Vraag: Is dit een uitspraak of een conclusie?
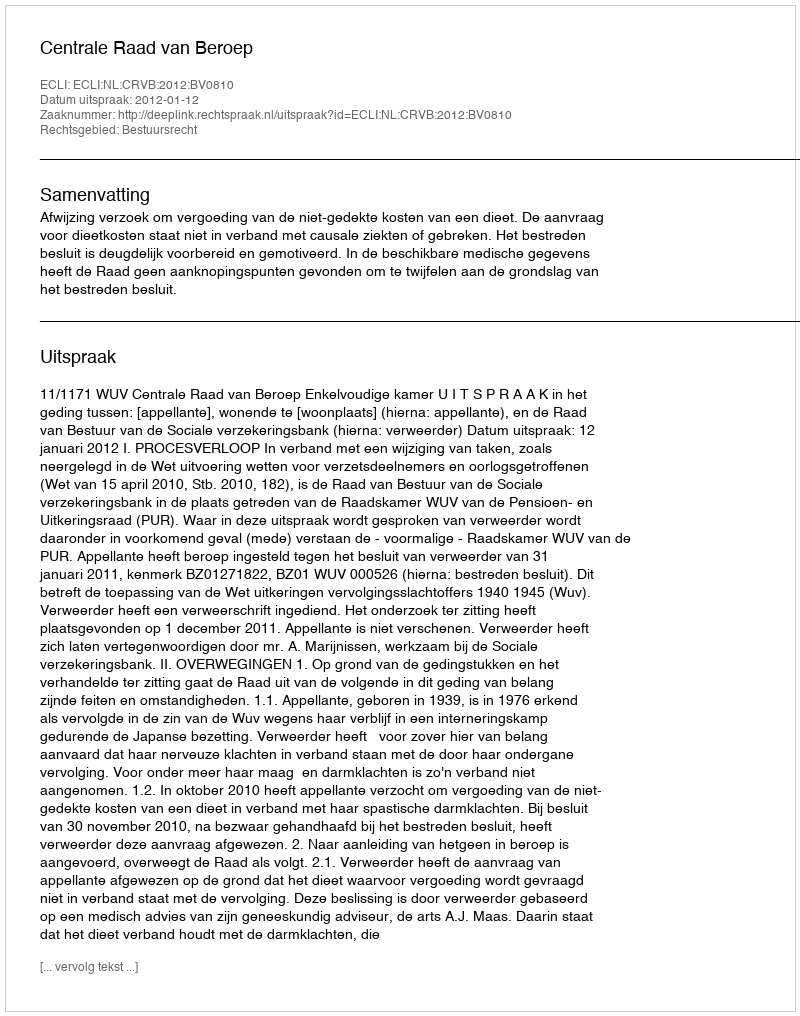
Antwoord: Uitspraak